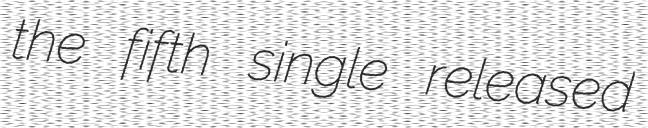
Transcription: the fifth single released